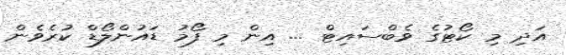
އަދި މި ކޯޓުގެ ވެބްސައިޓް ... އިން މި ފޯމު ޑައުންލޯޑް ކުރެވެން